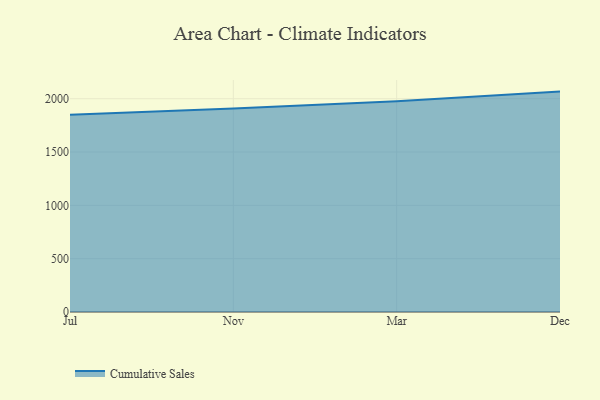
{"axis": {"x": "Month", "y": "Tickets Resolved"}, "legend": ["Cumulative Sales"], "data": [{"x": "Jul", "y": 1850.0, "type": "Cumulative Sales"}, {"x": "Nov", "y": 1907.9, "type": "Cumulative Sales"}, {"x": "Mar", "y": 1976.3, "type": "Cumulative Sales"}, {"x": "Dec", "y": 2066.8, "type": "Cumulative Sales"}]}